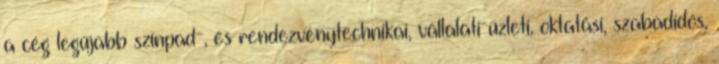
a cég legújabb színpad-, és rendezvénytechnikai, vállalati-üzleti, oktatási, szabadidős,